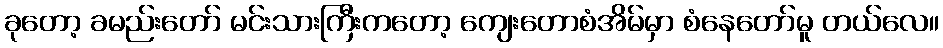
ခုတော့ ခမည်းတော် မင်းသားကြီးကတော့ ကျေးတောစံအိမ်မှာ စံနေတော်မူ တယ်လေ။